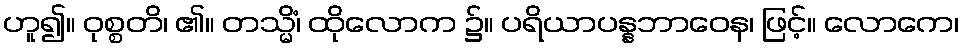
ဟူ၍။ ဝုစ္စတိ၊ ၏။ တသ္မိံ၊ ထိုလောက ၌။ ပရိယာပန္နဘာဝေန၊ ဖြင့်။ လောကေ၊